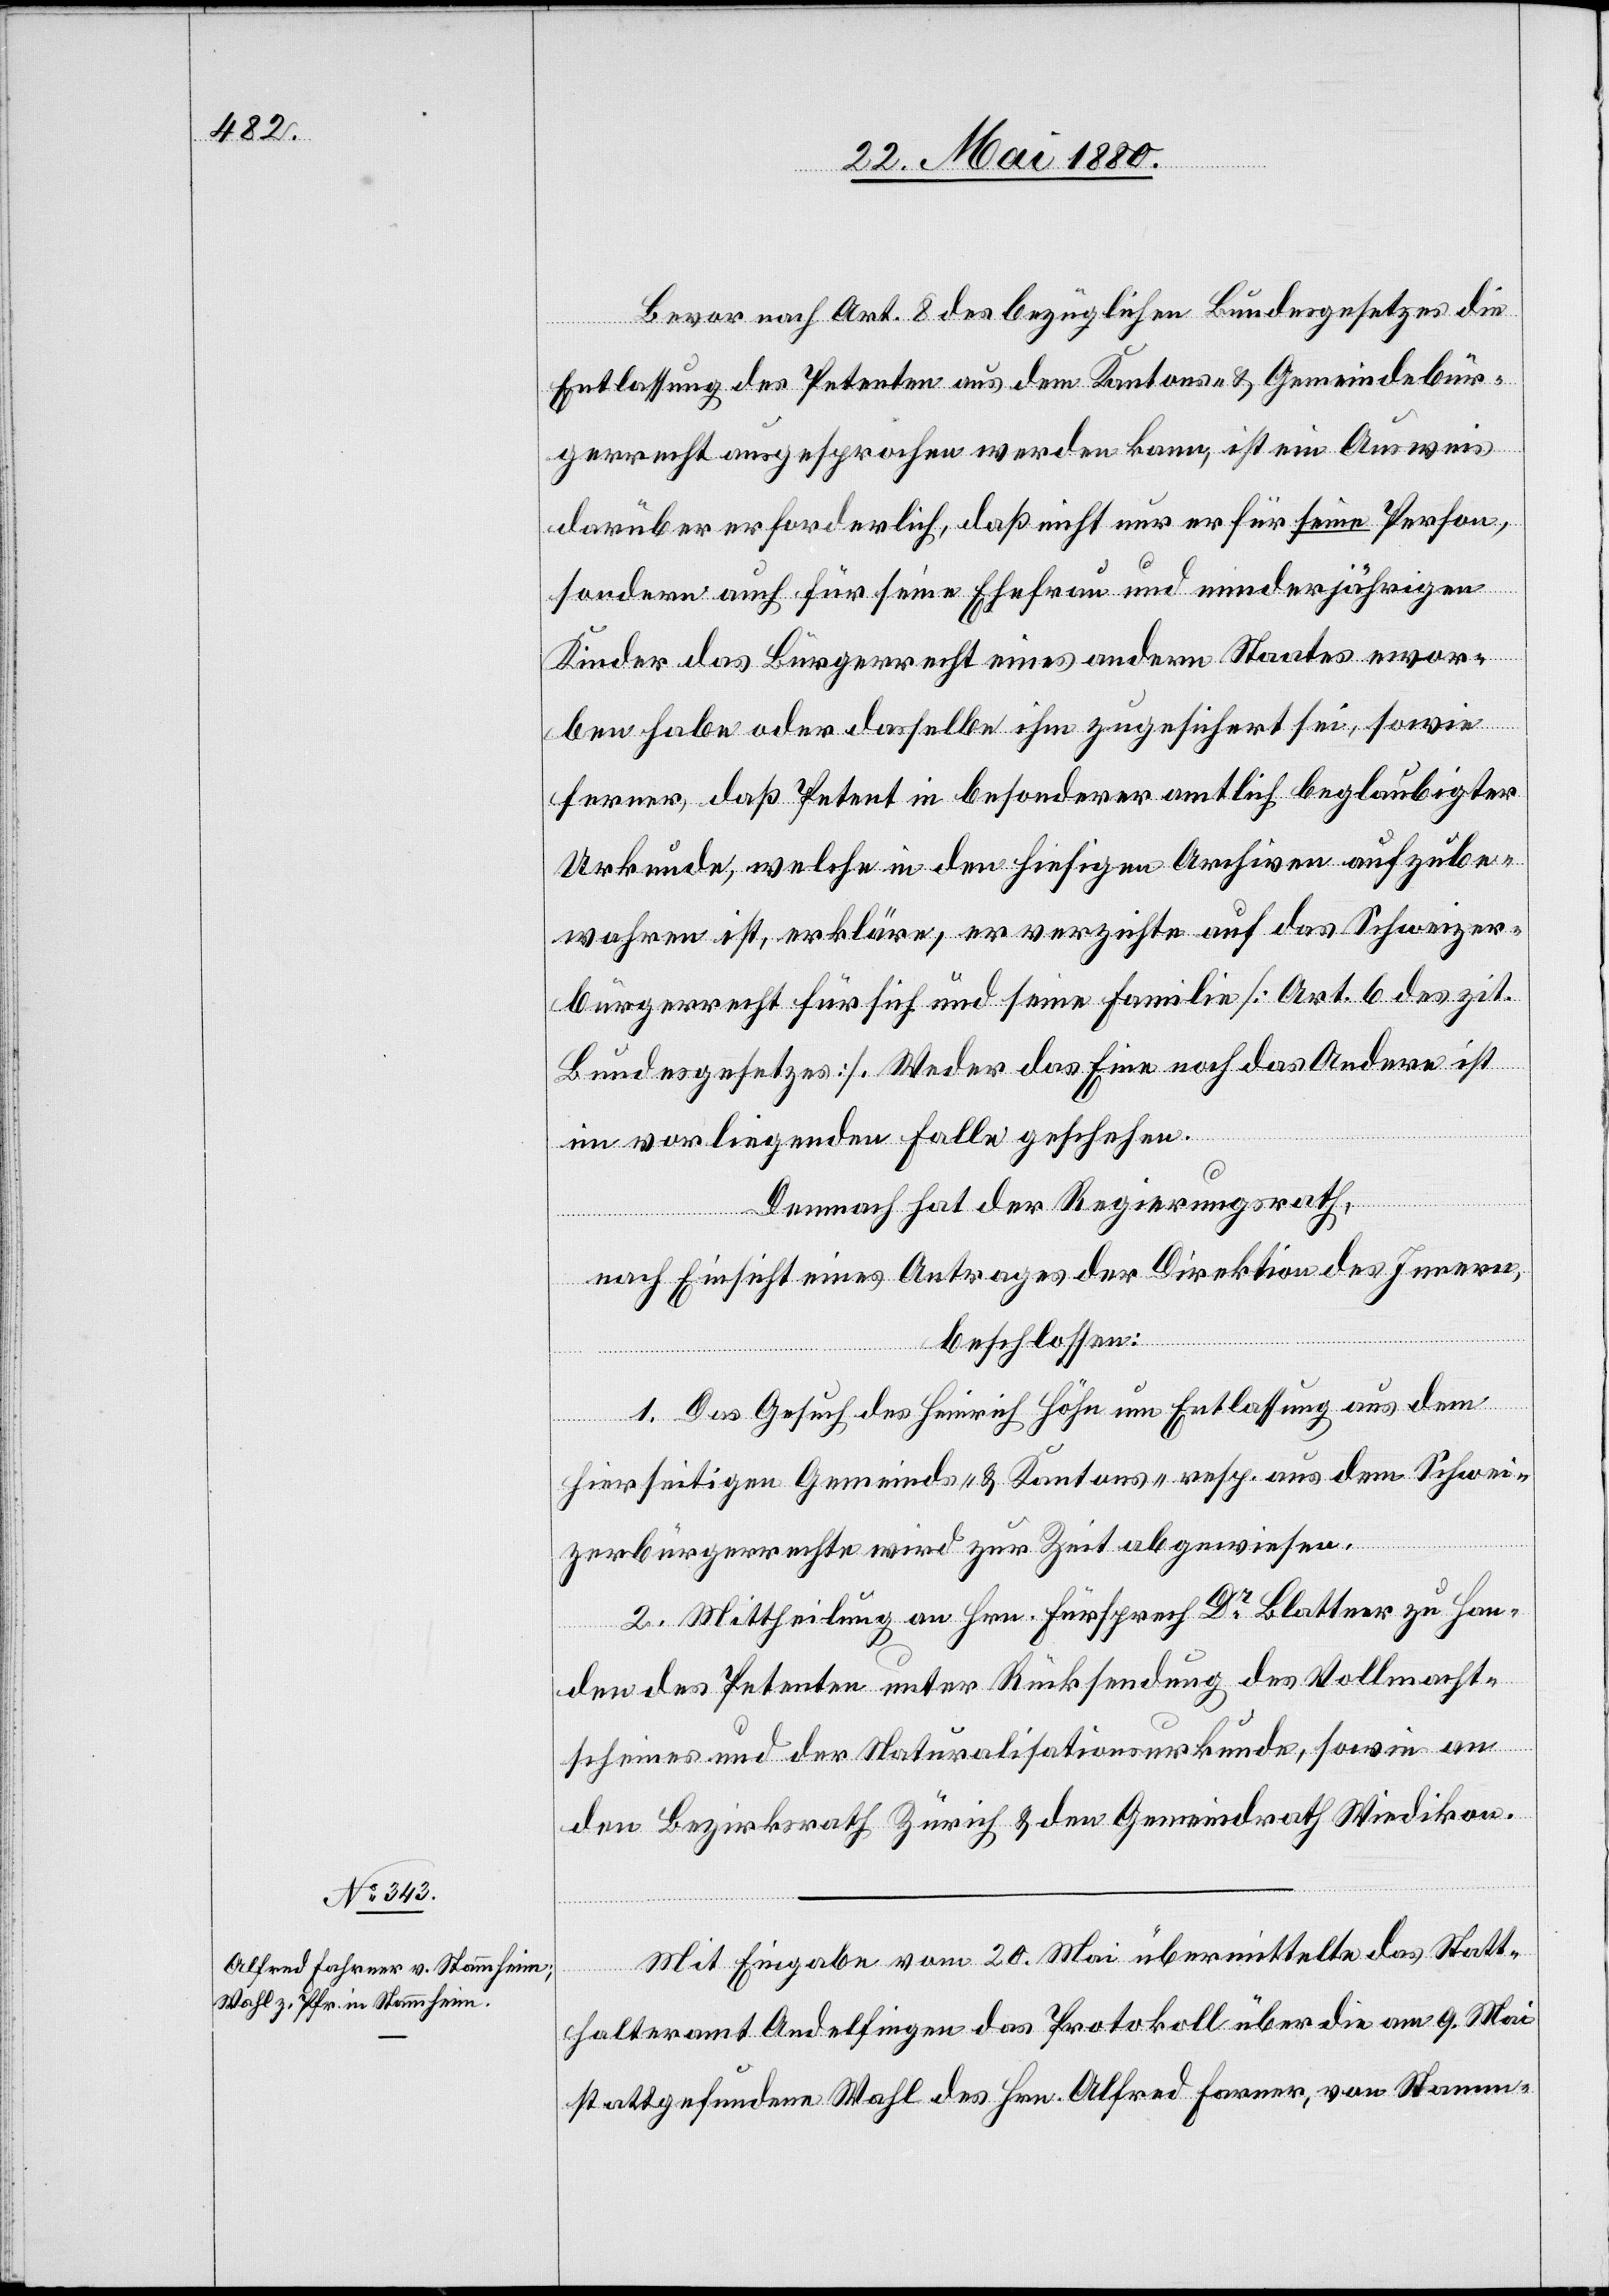
Bevor nach Art. 8 des bezüglichen Bundesgesetzes die
Entlassung des Petenten aus dem Kantons- & Gemeindebür¬
gerrecht ausgesprochen werden kann, ist ein Ausweis
darüber erforderlich, daß nicht nur er für seine Person,
sondern auch für seine Ehefrau und minderjährigen
Kinder das Bürgerrecht eines andern Staates erwor¬
ben habe oder dasselbe ihm zugesichert sei, sowie
ferner, daß Petent in besonderer amtlich beglaubigter
Urkunde, welche in den hiesigen Archiven aufzube¬
wahren ist, erkläre, er verzichte auf das Schweizer¬
bürgerrecht für sich und seine Familie [Art. des zit.
Bundesgesetzes]. Weder das Eine noch das Andere ist
im vorliegenden Falle geschehen.
Demnach hat der Regierungsrath,
nach Einsicht eines Antrages der Direktion des Innern,
beschlossen:
1. Das Gesuch des Heinrich Höhn um Entlassung aus dem
hierseitigen Gemeinds- & Kantons- resp. dem Schwei¬
zerbürgerrechte wird zur Zeit abgewiesen.
2. Mittheilung an Hrn. Fürsprech Dr Blattner zu Han¬
den des Petenten unter Rücksendung des Vollmacht¬
scheines und der Naturalisationsurkunde, sowie an
den Bezirksrath Zürich & den Gemeindrath Wiedikon.
Mit Eingabe vom 20. Mai übermittelte das Statt¬
halteramt Andelfingen das Protokoll über die am 9. Mai
stattgefundene Wahl des Hrn. Alfred Farner [sic!], von Stamm-